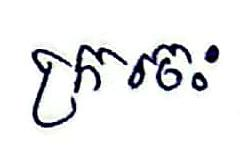
ក្រចេះ